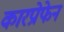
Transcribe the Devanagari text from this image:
कारप्रोफेन